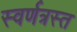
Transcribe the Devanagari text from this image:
स्वर्णत्रस्त